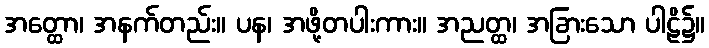
အတ္ထော၊ အနက်တည်း။ ပန၊ အဖို့တပါးကား။ အညတ္ထ၊ အခြားသော ပါဠိ၌။